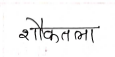
मजकूर: शौकतला